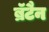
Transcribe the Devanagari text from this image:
ब्रॅटैन